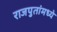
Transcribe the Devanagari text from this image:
राजपुतांमध्ये